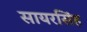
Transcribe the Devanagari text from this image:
सायरसिंह